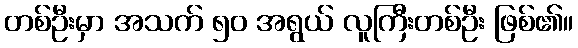
တစ်ဦးမှာ အသက် ၅၀ အရွယ် လူကြီးတစ်ဦး ဖြစ်၏။